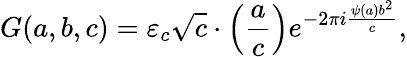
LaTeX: G(a,b,c)=\varepsilon_{c}{\sqrt{c}}\cdot\left({\frac{a}{c}}\right)e^{-2\pi i{\frac{\psi(a)b^{2}}{c}}},